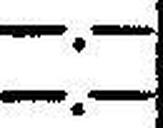
—.—